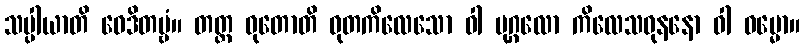
သပ္ပါယာတိ ဝေဒိတဗ္ဗံ။ တတ္ထ ဓုတောတိ ဓုတကိလေသော ဝါ ပုဂ္ဂလော ကိလေသဓုနနော ဝါ ဓမ္မော။